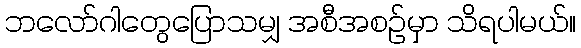
ဘလော်ဂါတွေပြောသမျှ အစီအစဉ်မှာ သိရပါမယ်။